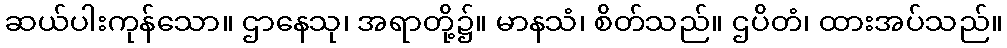
ဆယ်ပါးကုန်သော။ ဌာနေသု၊ အရာတို့၌။ မာနသံ၊ စိတ်သည်။ ဌပိတံ၊ ထားအပ်သည်။